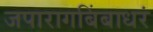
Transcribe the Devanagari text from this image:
जपारागबिंबाधरं